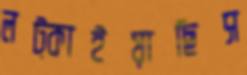
লট্‌কাইয়াছিস